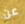
عن